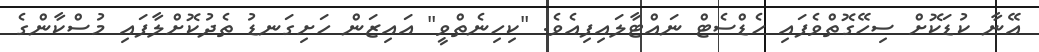
އޭނާ ކުޑަކޮށް ސިހޭގޮތްވެފައި ހެޑްސެޓް ނައްޓާލައިފިއެވެ. "ކިހިނެތްވީ" އައިޒަން ހަށިގަނޑު ތެދުކޮށްލާފައި މުސްކާންގެ